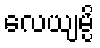
လေယျမ္ပိ